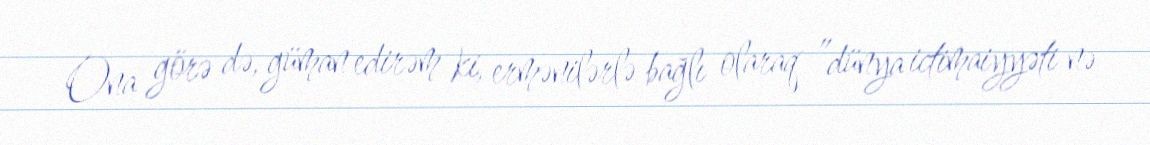
Ona görə də, güman edirəm ki, ermənilərlə bağlı olaraq ”dünya ictimaiyyəti nə